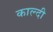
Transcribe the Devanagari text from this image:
काल्दी